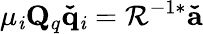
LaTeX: \mu_{\mathit{i}}\mathbf{{Q}}_{q}\mathbf{{\check{{q}}}}_{\mathit{i}}=\mathbf{{\mathcal{{R}}}}^{-1*}\mathbf{{\check{{a}}}}